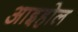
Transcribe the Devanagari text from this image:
आइहोल